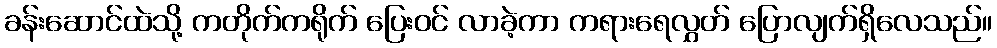
ခန်းဆောင်ထဲသို့ ကတိုက်ကရိုက် ပြေးဝင် လာခဲ့ကာ ကရားရေလွှတ် ပြောလျက်ရှိလေသည်။